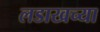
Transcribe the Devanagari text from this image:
लडाखच्या